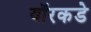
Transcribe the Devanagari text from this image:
यॉरकडे